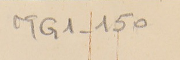
MG1-150